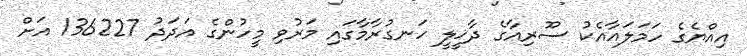
އިއްޔެގެ ހަމަލައާއެކު ސޫރިއާގެ ދާޚީލީ ހަނގުރާމާގައި މަރުވި މީހުންގެ އަދަދު 136227 އަށް